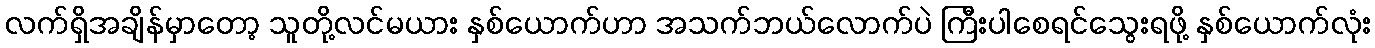
လက်ရှိအချိန်မှာတော့ သူတို့လင်မယား နှစ်ယောက်ဟာ အသက်ဘယ်လောက်ပဲ ကြီးပါစေရင်သွေးရဖို့ နှစ်ယောက်လုံး